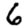
Digit: 6